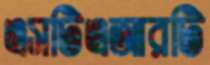
এসটিএআরটি